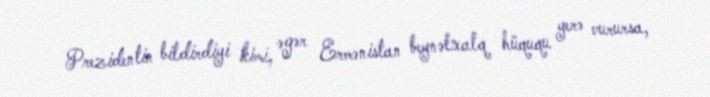
Prezidentin bildirdiyi kimi, əgər Ermənistan beynəlxalq hüququ yerə vurursa,